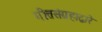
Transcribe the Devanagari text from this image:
गीतसंग्रहाद्वारे